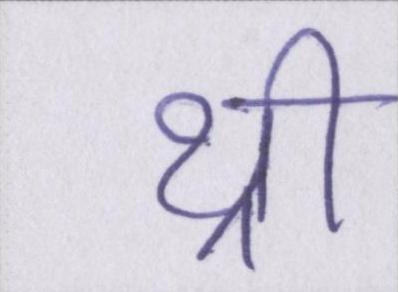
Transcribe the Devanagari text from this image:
थ्री